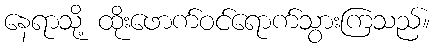
နေရာသို့ ထိုးဖောက်ဝင်ရောက်သွားကြသည်။